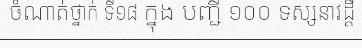
ចំណាត់ថ្នាក់ ទី១៨ ក្នុង បញ្ជី ១០០ ទស្សនាវដ្តី